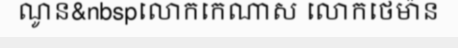
ណូន&nbspលោកកេណាស លោកថេម៉ាន